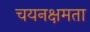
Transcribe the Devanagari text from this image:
चयनक्षमता